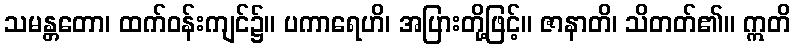
သမန္တတော၊ ထက်ဝန်းကျင်၌။ ပကာရေဟိ၊ အပြားတို့ဖြင့်။ ဇာနာတိ၊ သိတတ်၏။ ဣတိ